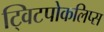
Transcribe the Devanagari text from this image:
ट्विटपोकलिप्स